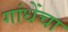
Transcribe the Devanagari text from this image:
गांधेंचा